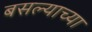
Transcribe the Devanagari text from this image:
बसल्याच्या